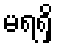
မရရှိ